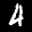
Label: 4